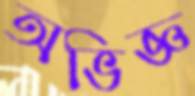
অভিজ্ঞ